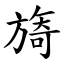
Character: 旖